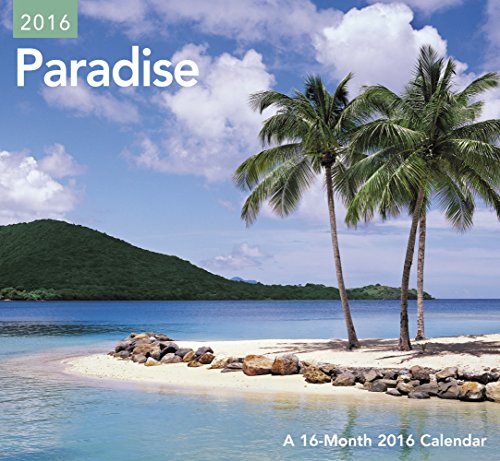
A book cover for Paradise Mini Wall Calendar (2016); Day Dream; Calendars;